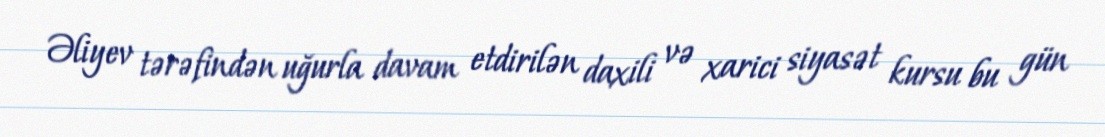
Əliyev tərəfindən uğurla davam etdirilən daxili və xarici siyasət kursu bu gün